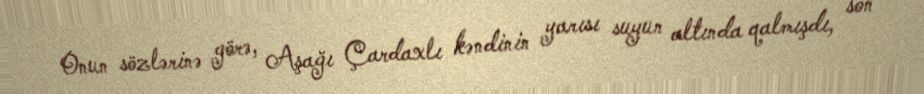
Onun sözlərinə görə, Aşağı Çardaxlı kəndinin yarısı suyun altında qalmışdı, son